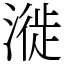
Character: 漇